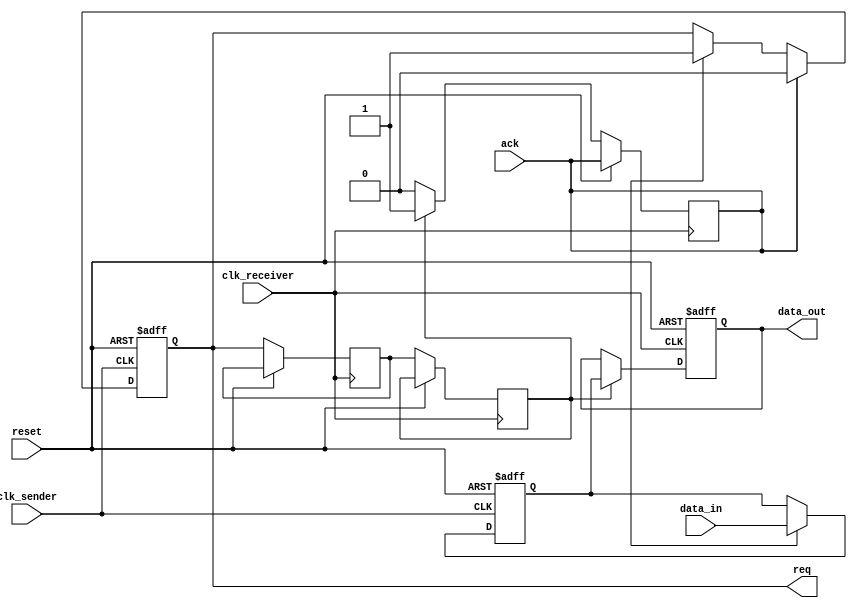
module handshake_synchronizer #(
    parameter DATA_WIDTH = 8
)(
    input wire clk_sender,         // Sender clock
    input wire clk_receiver,       // Receiver clock
    input wire reset,              // Global reset
    input wire [DATA_WIDTH-1:0] data_in, // Data to be sent
    output reg req,                // Request signal from sender
    input wire ack,                // Acknowledge signal from receiver
    output reg [DATA_WIDTH-1:0] data_out // Data received
);

    // Internal signals
    reg [DATA_WIDTH-1:0] data_buffer;
    reg req_internal;
    reg req_sync_0, req_sync_1; // Synchronization registers for req
    reg ack_sync_0, ack_sync_1; // Synchronization registers for ack

    // Sender Logic
    always @(posedge clk_sender or posedge reset) begin
        if (reset) begin
            req <= 1'b0;
            data_buffer <= {DATA_WIDTH{1'b0}};
        end else begin
            if (data_in_valid) begin // Assume data_in_valid is some logic indicating data is ready
                data_buffer <= data_in;
                req <= 1'b1; // Assert request
            end

            if (ack) begin
                req <= 1'b0; // De-assert request once acknowledged
            end
        end
    end

    // Receiver Logic
    always @(posedge clk_receiver or posedge reset) begin
        if (reset) begin
            data_out <= {DATA_WIDTH{1'b0}};
        end else begin
            // Synchronizing the request signal from sender
            req_sync_0 <= req; // First flip-flop synchronizing request
            req_sync_1 <= req_sync_0; // Second flip-flop synchronizing request

            if (req_sync_1) begin
                data_out <= data_buffer; // Capture data on synchronized request
                ack <= 1'b1; // Assert acknowledge
            end else begin
                ack <= 1'b0; // De-assert acknowledge
            end
        end
    end

    // Synchronizing the ack signal back to the sender (optional but good practice)
    always @(posedge clk_sender or posedge reset) begin
        if (reset) begin
            ack_sync_0 <= 1'b0;
            ack_sync_1 <= 1'b0;
        end else begin
            ack_sync_0 <= ack; // First flip-flop synchronizing acknowledge
            ack_sync_1 <= ack_sync_0; // Second flip-flop synchronizing acknowledge
        end
    end

endmodule